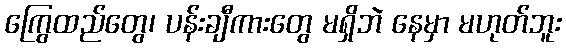
ကြွေထည်တွေ၊ ပန်းချီကားတွေ မရှိဘဲ နေမှာ မဟုတ်ဘူး